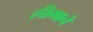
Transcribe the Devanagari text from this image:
लीगाचे